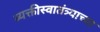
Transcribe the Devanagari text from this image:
व्यक्तीस्वातंत्र्याच्या